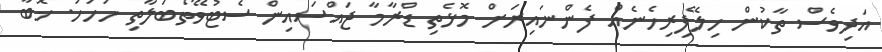
އަދިވެސް ތާކުން ހިލޭފިރިހެނެއް ފެންނައިރަށް މޮޅެތި ޑްރާމާ ޖައްސައިން ސެޓުވޭތޯބަލާތި ހަހަހަ. ޚޮބާ